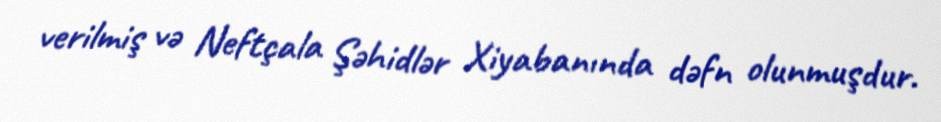
verilmiş və Neftçala Şəhidlər Xiyabanında dəfn olunmuşdur.